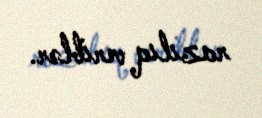
razılıq veriblər.